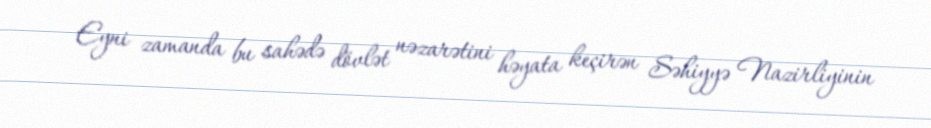
Eyni zamanda bu sahədə dövlət nəzarətini həyata keçirən Səhiyyə Nazirliyinin